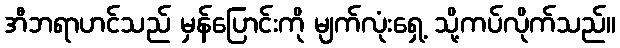
အီဘရာဟင်သည် မှန်ပြောင်းကို မျက်လုံးရှေ့ သို့ကပ်လိုက်သည်။